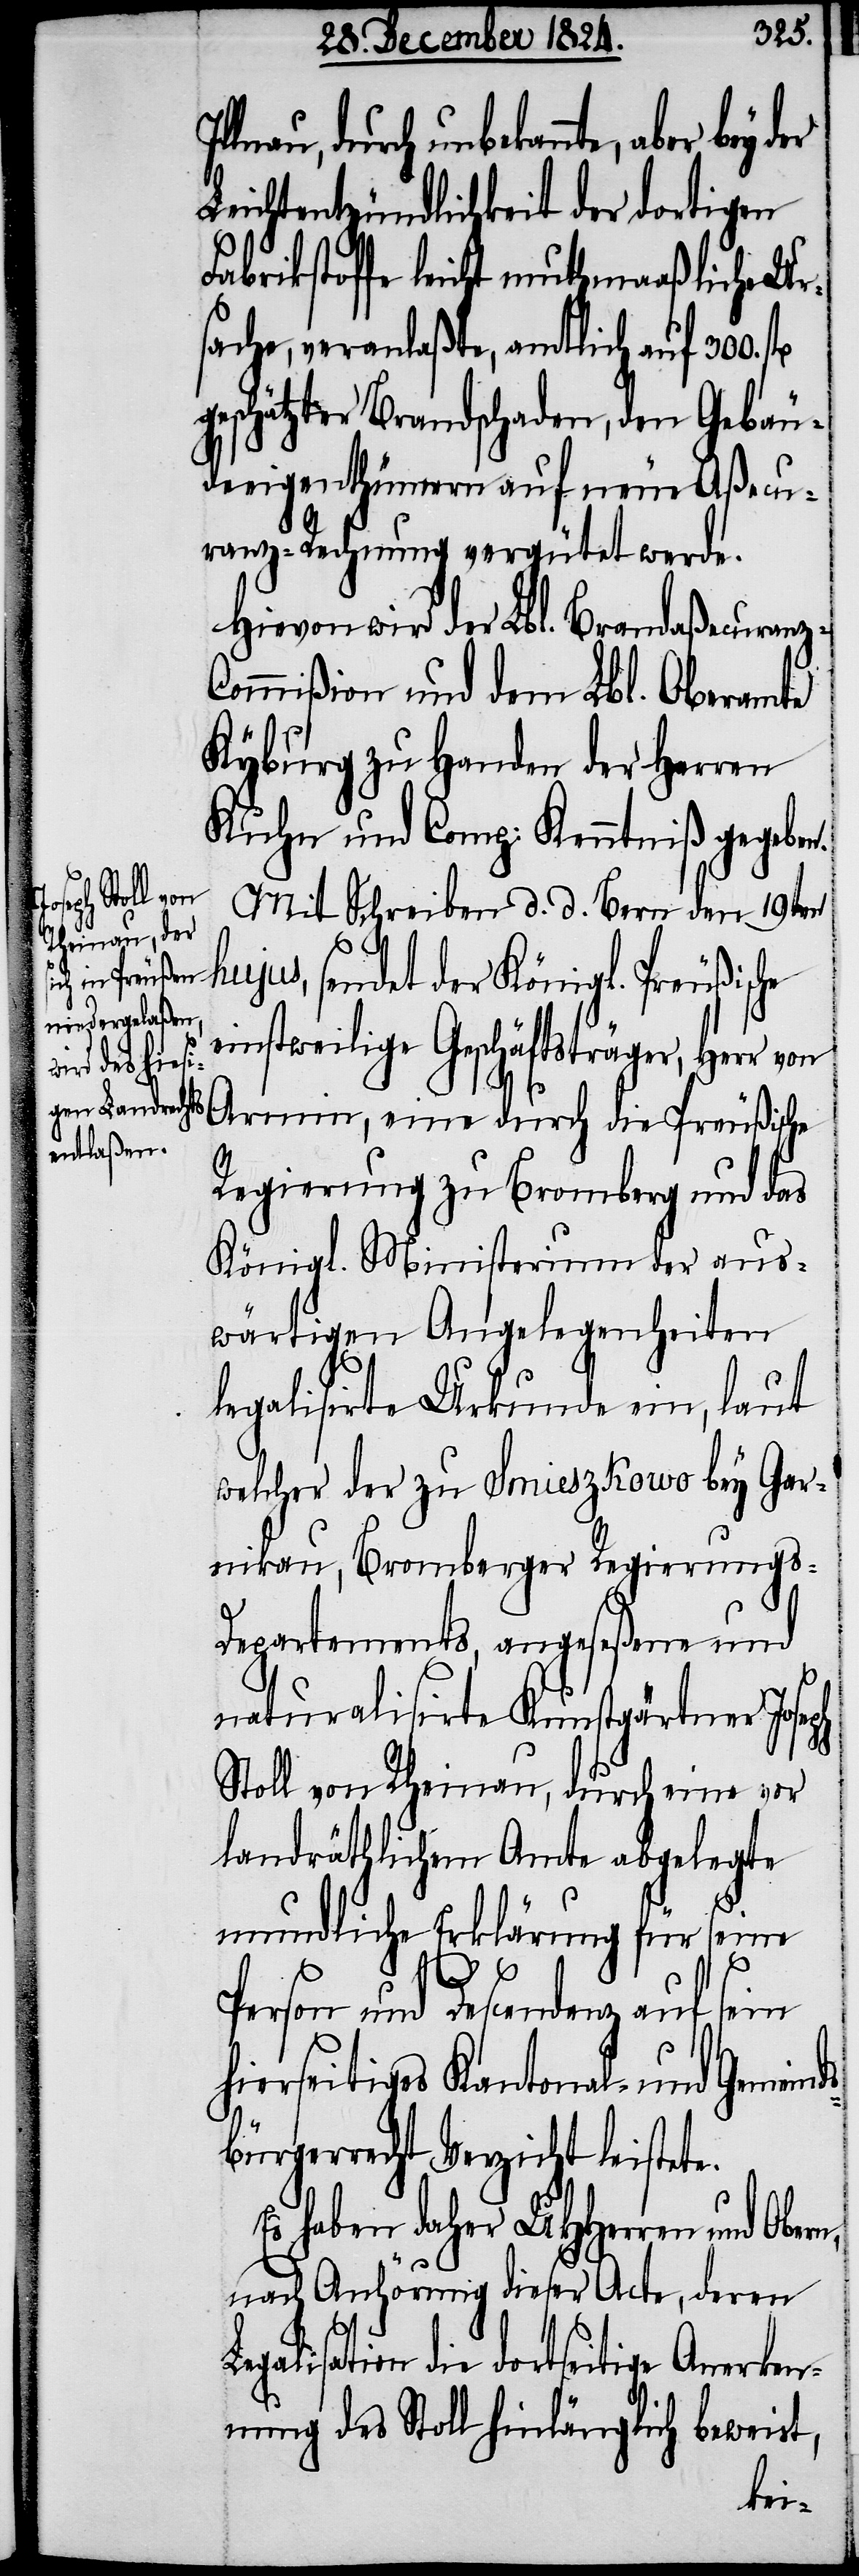
llnau, durch unbekannte, aber
Leichtentzündlichkeit der dortigen
Fabrikstoffe leicht muthmaaßliche Ur¬
sache, veranlaßte, amtlich auf 300.
geschätzter Brandschaden, den Gebäu¬
deeigenthümern auf neue Aßecu¬
ranz-Rechnung vergütet werde.
Hievon wird der Lbl. Brandaßecuranz-C¬
ommißion und dem Lbl. Oberamte
Kyburg zu Handen der Herren
Kuhn und Comp: Kenntniß gegeben.
Mit Schreiben d. d. Bern den 19ten
ujus, sendet der Königl. Preußisc¬
einstweilige Geschäftsträger, Herr von
Arnim, eine durch die Preußische
Regierung zu Bromberg und das
Königl. Ministerium der aus¬
wärtigen Angelegenheiten
legalisirte Urkunde ein, laut
welcher der zu Smieszkowo bey Gar¬
nikau, Bromberger Regierungs-D¬
epartements, angeseßene und
naturalisirte Kunstgärtner Jose¬
Stoll von Rheinau, durch eine vor
landräthlichem Amte abgelegte
mundliche Erklärung für seine
ds¬
Person und Descendenz auf sein
hierseitiges Kantonal- und Gemein¬
bürgerrecht Verzicht leistete.
Es haben daher UHHerren und
nach Anhörung dieser Acte deren
Legalisation die dortseitige Anerken¬
nung des Stoll hinlänglich beweist,